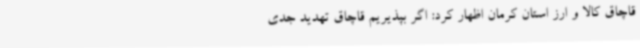
قاچاق کالا و ارز استان کرمان اظهار کرد: اگر بپذیریم قاچاق تهدید جدی